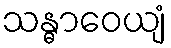
သန္ဓာဝေယျံ